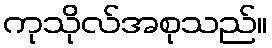
ကုသိုလ်အစုသည်။